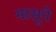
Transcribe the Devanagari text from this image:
मासूने